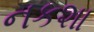
નકશા